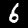
Digit: 6